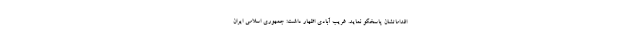
اقداماتشان پاسخگو نماید. غریب آبادی اظهار داشت: جمهوری اسلامی ایران